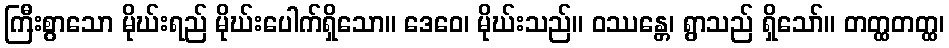
ကြီးစွာသော မိုဃ်းရည် မိုဃ်းပေါက်ရှိသော။ ဒေဝေ၊ မိုဃ်းသည်။ ဝဿန္တေ၊ ရွာသည် ရှိသော်။ တတ္ထတတ္ထ၊